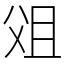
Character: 㸖